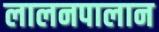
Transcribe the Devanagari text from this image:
लालनपालान